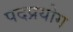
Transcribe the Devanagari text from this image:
पदप्रयोग